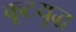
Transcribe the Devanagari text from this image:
कूटयुद्ध